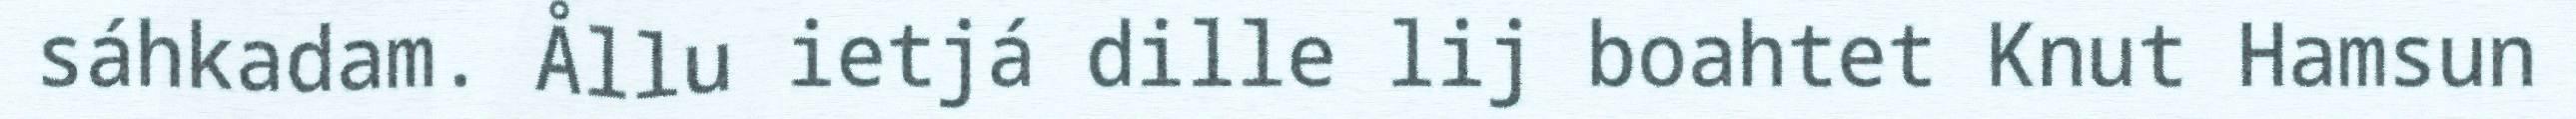
sáhkadam. Ållu ietjá dille lij boahtet Knut Hamsun